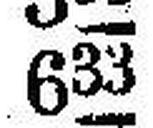
633